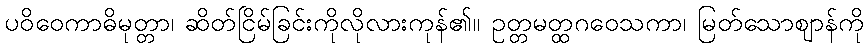
ပဝိဝေကာဓိမုတ္တာ၊ ဆိတ်ငြိမ်ခြင်းကိုလိုလားကုန်၏။ ဥတ္တမတ္ထဂဝေသကာ၊ မြတ်သောဈာန်ကို